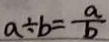
a \div b = \frac { a } { b }